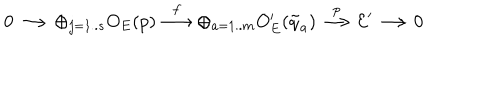
LaTeX: 0 \longrightarrow \oplus _ { j = 1 . . s } O _ { E } ( p ) \stackrel { f } { \longrightarrow } \oplus _ { a = 1 . . m } O _ { E } ^ { \prime } ( { \tilde { q } _ { a } } ) \stackrel { p } { \longrightarrow } { \cal E ^ { \prime } } \longrightarrow 0